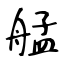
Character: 艋